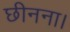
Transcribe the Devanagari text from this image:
छीनना।